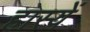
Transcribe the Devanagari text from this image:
हास्यें